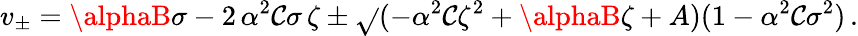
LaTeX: v_{\pm}=\alphaB\sigma-2\, \alpha^{2}\mathcal{C}\sigma\, \zeta\pm\sqrt{}{{(-\alpha^{2}\mathcal{C}{\zeta}^{2}+\alphaB\zeta+A)(1-\alpha^{2}\mathcal{C}{\sigma}^{2})}}\, .